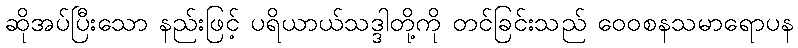
ဆိုအပ်ပြီးသော နည်းဖြင့် ပရိယာယ်သဒ္ဒါတို့ကို တင်ခြင်းသည် ဝေဝစနသမာရောပန